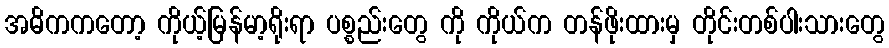
အဓိကကတော့ ကိုယ့်မြန်မာ့ရိုးရာ ပစ္စည်းတွေ ကို ကိုယ်က တန်ဖိုးထားမှ တိုင်းတစ်ပါးသားတွေ